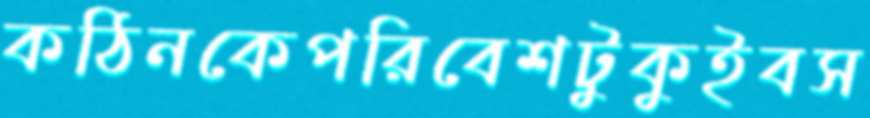
কঠিনকেপরিবেশটুকুইবস